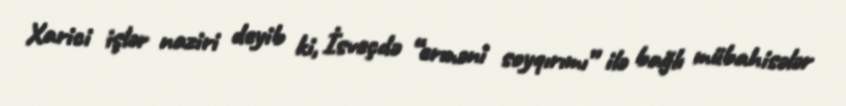
Xarici işlər naziri deyib ki, İsveçdə “erməni soyqırımı” ilə bağlı mübahisələr